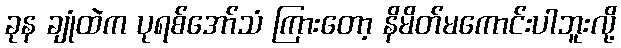
ခုန ချုံထဲက ပုရစ်အော်သံ ကြားတော့ နိမိတ်မကောင်းပါဘူးလို့